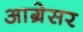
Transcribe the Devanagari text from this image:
आग्रेसर